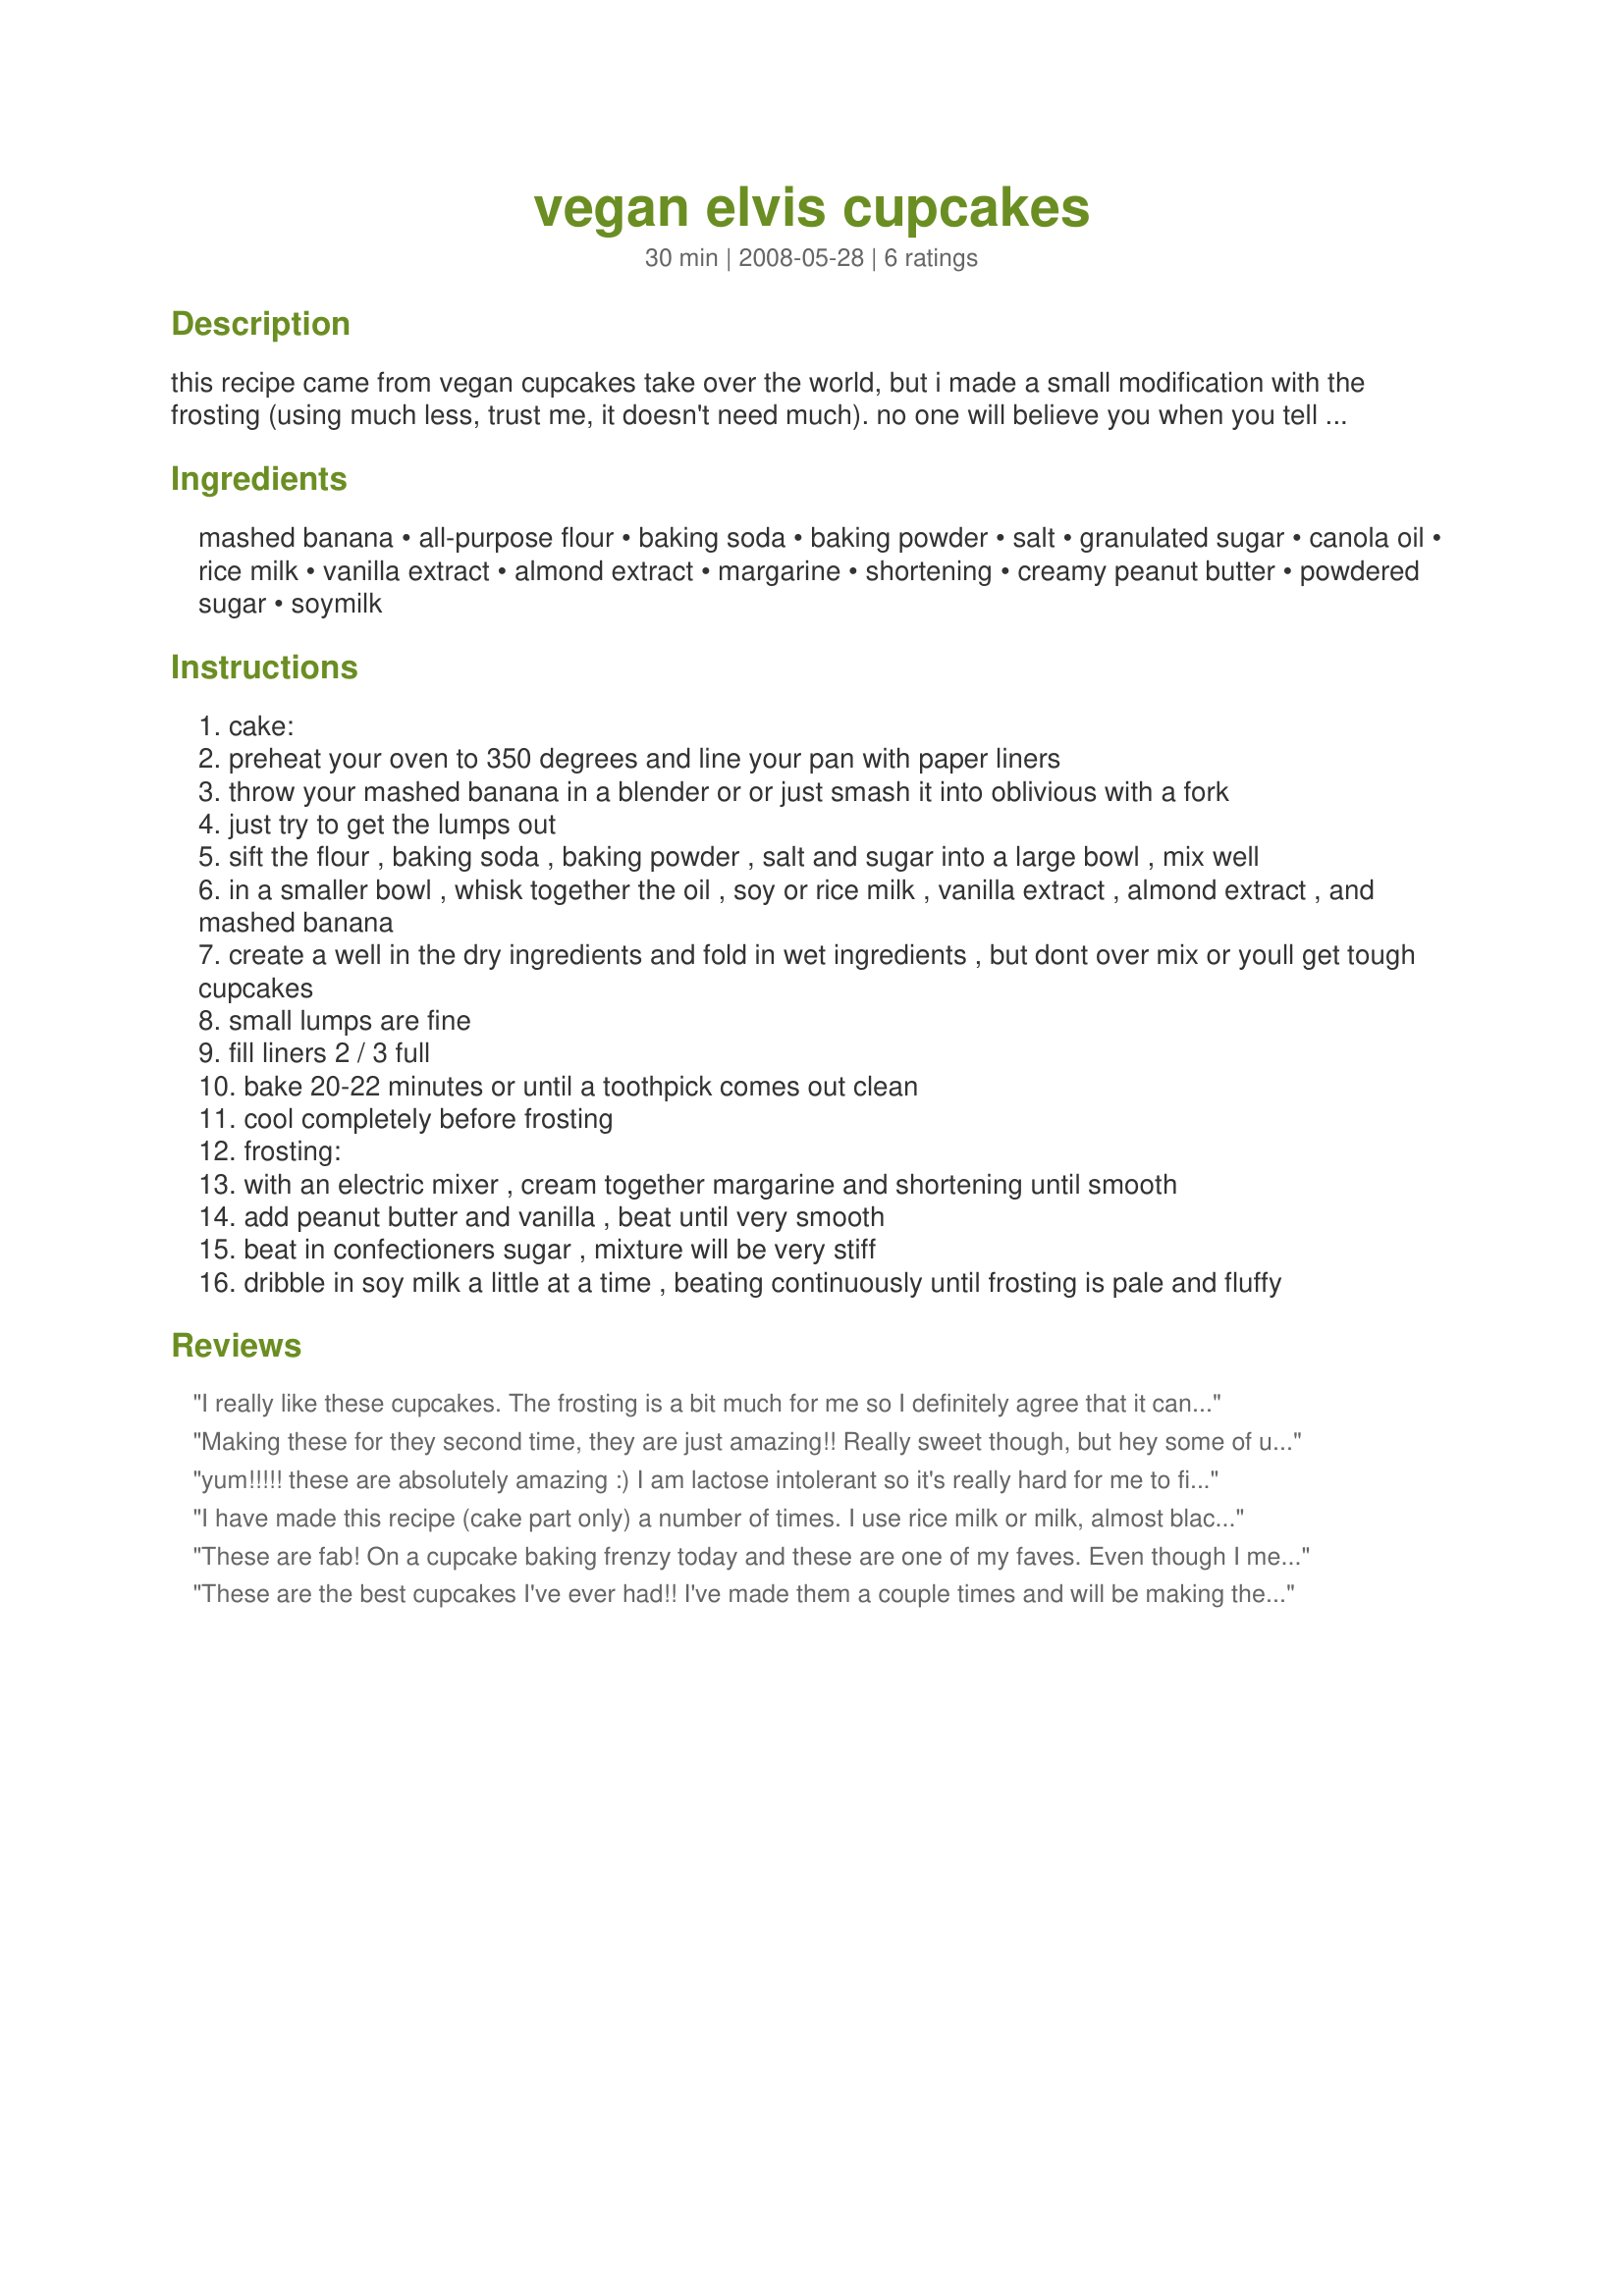
vegan elvis cupcakes
Preparation time: 30 minutes

this recipe came from vegan cupcakes take over the world, but i made a small modification with the frosting (using much less, trust me, it doesn't need much). no one will believe you when you tell them they're vegan. the cupcakes taste like moist banana bread. double frosting recipe to create cupcakes like the ones in the photo. my favorite vegan margarines to use for baking include earth balance and nucoa (in the tub, although it's been impossible to find lately).

Ingredients:
mashed banana, all-purpose flour, baking soda, baking powder, salt, granulated sugar, canola oil, rice milk, vanilla extract, almond extract, margarine, shortening, creamy peanut butter, powdered sugar, soymilk

Steps:
cake:
preheat your oven to 350 degrees and line your pan with paper liners
throw your mashed banana in a blender or or just smash it into oblivious with a fork
just try to get the lumps out
sift the flour , baking soda , baking powder , salt and sugar into a large bowl , mix well
in a smaller bowl , whisk together the oil , soy or rice milk , vanilla extract , almond extract , and mashed banana
create a well in the dry ingredients and fold in wet ingredients , but dont over mix or youll get tough cupcakes
small lumps are fine
fill liners 2 / 3 full
bake 20-22 minutes or until a toothpick comes out clean
cool completely before frosting
frosting:
with an electric mixer , cream together margarine and shortening until smooth
add peanut butter and vanilla , beat until very smooth
beat in confectioners sugar , mixture will be very stiff
dribble in soy milk a little at a time , beating continuously until frosting is pale and fluffy

Reviews:
I really like these cupcakes. The frosting is a bit much for me so I definitely agree that it can be halved. I took these to a party and everyone thought they were very unique and couldn't believe they were vegan.
Making these for they second time, they are just amazing!! Really sweet though, but hey some of us like that! Really moist and noone knows they are vegan if you dont tell them. I double the frosting as suggested and use my frosting pip (or zip-lock) and they look beautiful.
yum!!!!! these are absolutely amazing :) I am lactose intolerant so it's really hard for me to find good desserts. Even my picky 12 year old loved these!!!
I have made this recipe (cake part only) a number of times. I use rice milk or milk, almost black bananas and leave out the almond extract. They are so soft, light, and quite tasty! I love how fast the batter comes together, too. I heavily sprinkle the tops with turbinado sugar before baking. Thanks for sharing such a great recipe!
These are fab! On a cupcake baking frenzy today and these are one of my faves. Even though I messed up and grabbed arrowroot powder instead of baking powder, they still worked out well - love the banana cake part, very moist but not heavy with oil as some can be. If you're not an icing lover, than I agree, you'd want to apply a light coating. In this case I was piping the icing on and just barely got 10 iced, so I could have used a little more. All worked out well and I think they'll be a hit. One last note...I used spelt flour to have something for someone with a wheat allergy - worked really well. Thanks for posting this DS!
These are the best cupcakes I've ever had!! I've made them a couple times and will be making them again soon. They do taste like banana bread with a delicious peanut buttery frosting. SO moist and no one could even tell that they were vegan. I used almond milk.
